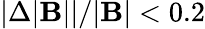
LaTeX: |\Delta|\mathbf{B}||/|\mathbf{B}|<0.2